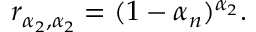
r _ { \alpha _ { 2 } , \alpha _ { 2 } } = ( 1 - \alpha _ { n } ) ^ { \alpha _ { 2 } } .